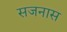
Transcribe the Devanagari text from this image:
सजनास